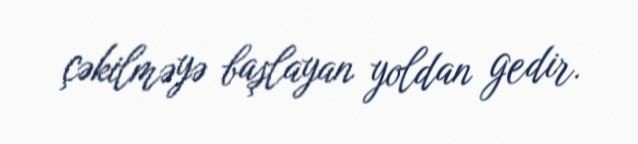
çəkilməyə başlayan yoldan gedir.